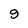
Character: 9